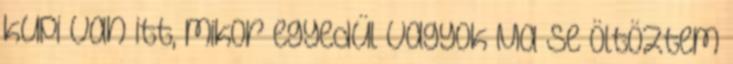
kupi van itt, mikor egyedül vagyok Ma se öltöztem